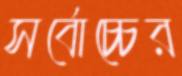
সর্বোচ্চের